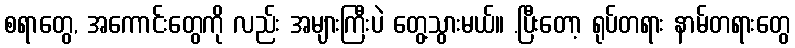
စရာတွေ, အကောင်းတွေကို လည်း အများကြီးပဲ တွေ့သွားမယ်။ .ပြီးတော့ ရုပ်တရား နာမ်တရားတွေ